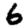
Digit: 6